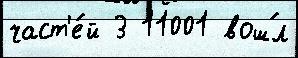
част'е́й 3 11001 вош́л